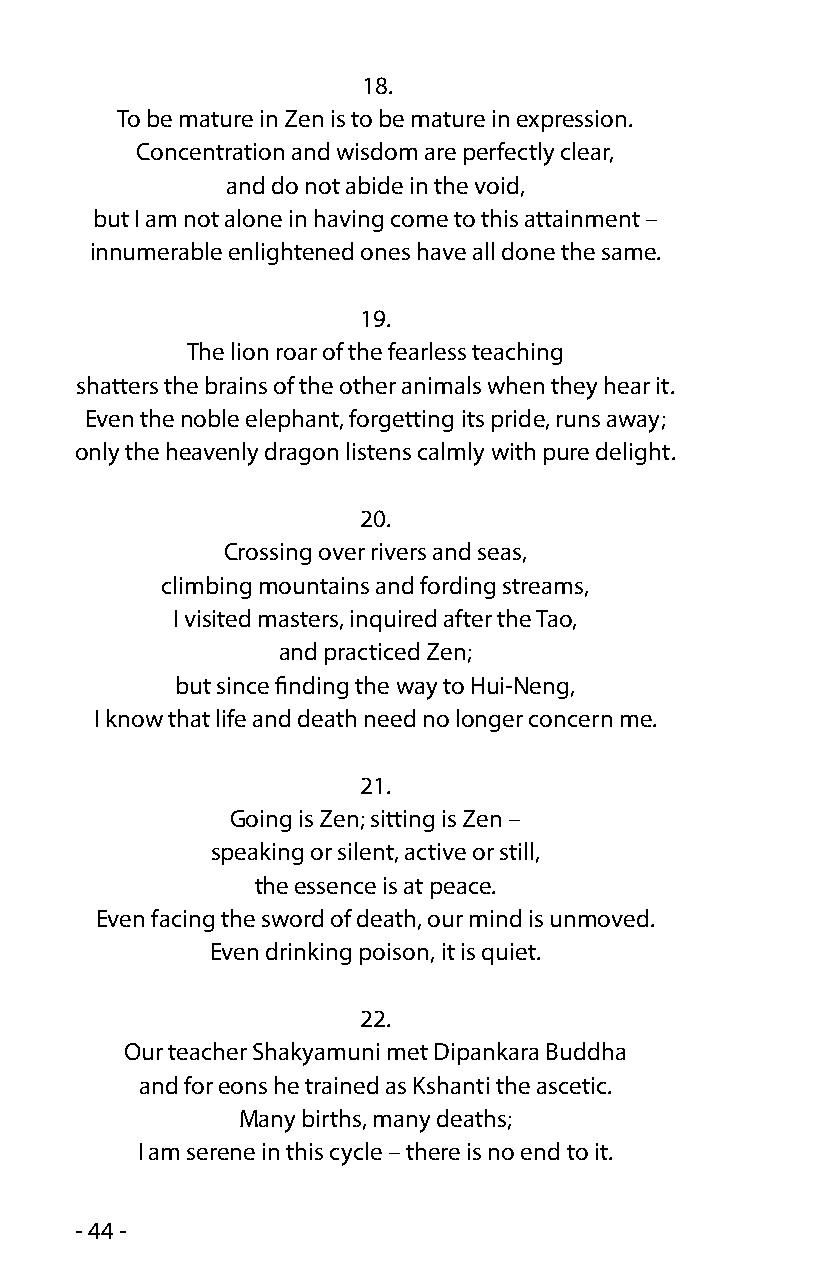
18.
 To be mature in Zen is to be mature in expression.
 Concentration and wisdom are perfectly clear,
 and do not abide in the void,
 but I am not alone in having come to this attainment –
 innumerable enlightened ones have all done the same.
 19.
 The lion roar of the fearless teaching
 shatters the brains of the other animals when they hear it.
 Even the noble elephant, forgetting its pride, runs away;
 only the heavenly dragon listens calmly with pure delight.
 20.
 Crossing over rivers and seas,
 climbing mountains and fording streams,
 I visited masters, inquired after the Tao,
 and practiced Zen;
 but since finding the way to Hui-Neng,
 I know that life and death need no longer concern me.
 21.
 Going is Zen; sitting is Zen –
 speaking or silent, active or still,
 the essence is at peace.
 Even facing the sword of death, our mind is unmoved.
 Even drinking poison, it is quiet.
 22.
 Our teacher Shakyamuni met Dipankara Buddha
 and for eons he trained as Kshanti the ascetic.
 Many births, many deaths;
 I am serene in this cycle – there is no end to it.
 - 44 -